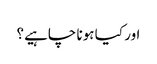
اور کیا ہونا چاہیے؟